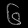
Digit: ၆